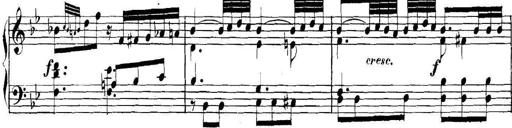
Title: Collected Piano Sonatas
Composer: Muzio Clementi